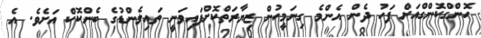
ހޮންގްކޮންގްއަށް ފަހު ދެން އެންމެ ގިނަމީހުން ޒިޔާރަތްކޮށްފައިވަނީ ތައިލެންޑުގެ ބެންކޮކް އަށެވެ. އެ